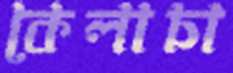
কেলাচা